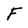
Character: F